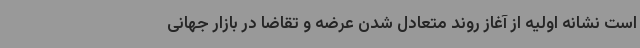
است نشانه اولیه از آغاز روند متعادل شدن عرضه و تقاضا در بازار جهانی